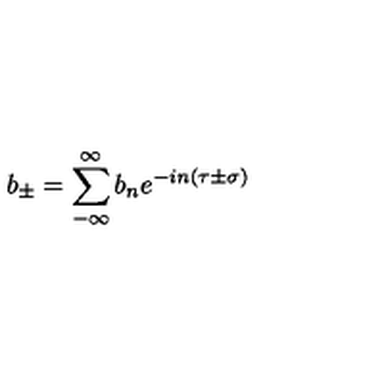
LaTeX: b _ { \pm } = \sum _ { - \infty } ^ { \infty } b _ { n } e ^ { - i n \left( \tau \pm \sigma \right) }